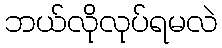
ဘယ်လိုလုပ်ရမလဲ